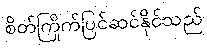
စိတ်ကြိုက်ပြင်ဆင်နိုင်သည်